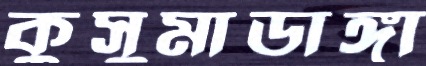
কুসুমাডাঙ্গা